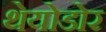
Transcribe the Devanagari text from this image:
थेयोडोर